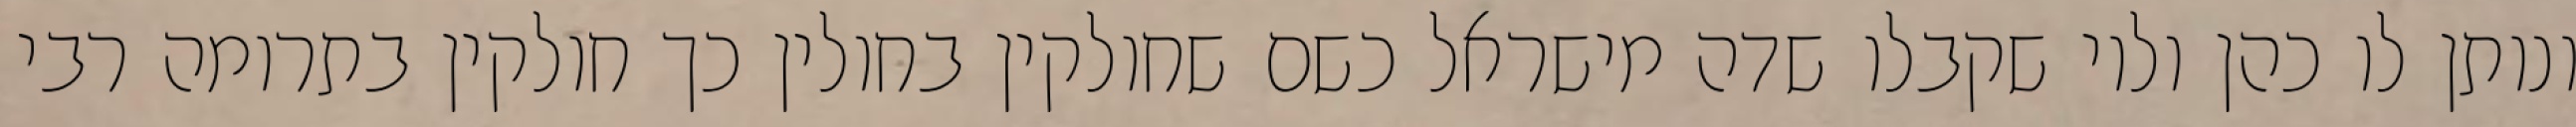
ונותן לו כהן ולוי שקבלו שדה מישראל כשם שחולקין בחולין כך חולקין בתרומה רבי